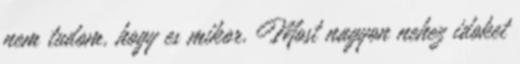
nem tudom, hogy es mikor. Most nagyon nehez idoket